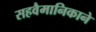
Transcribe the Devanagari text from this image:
सहवैमानिकाने